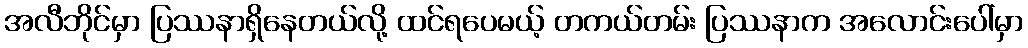
အလီဘိုင်မှာ ပြဿနာရှိနေတယ်လို့ ထင်ရပေမယ့် တကယ်တမ်း ပြဿနာက အလောင်းပေါ်မှာ